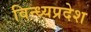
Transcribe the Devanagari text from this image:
विन्ध्यप्रदेश